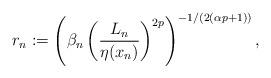
LaTeX: \begin{align*}r_n:= \left( \beta_n \left( \frac{L_n}{\eta(x_n)}\right)^{2p} \right)^{-1/(2(\alpha p +1))},\end{align*}